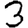
Digit: 3